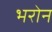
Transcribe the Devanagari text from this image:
भरोन